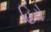
હિરો